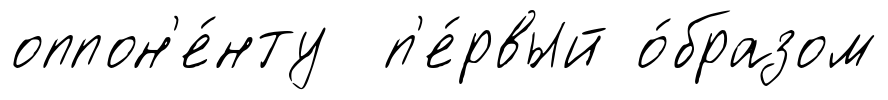
оппон'е́нту п'е́рвый о́бразом